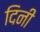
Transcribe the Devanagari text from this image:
दिनी